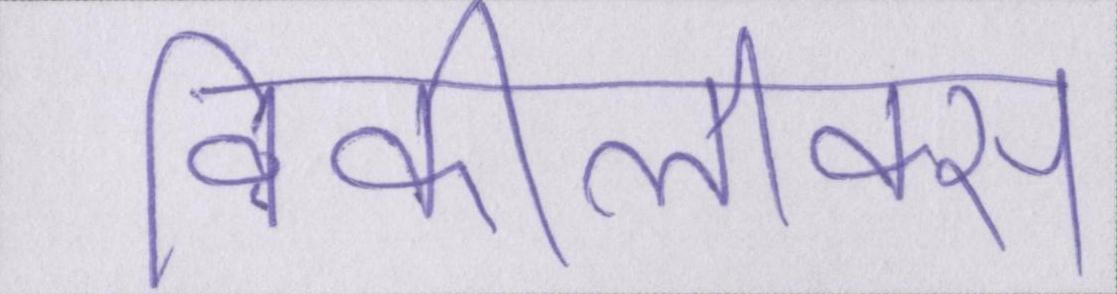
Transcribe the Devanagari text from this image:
विकीलीक्स